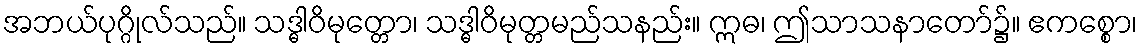
အဘယ်ပုဂ္ဂိုလ်သည်။ သဒ္ဓါဝိမုတ္တော၊ သဒ္ဓါဝိမုတ္တမည်သနည်း။ ဣဓ၊ ဤသာသနာတော်၌။ ဧကစ္စော၊